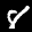
Label: 8